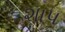
શાપ